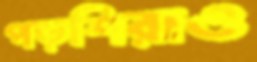
পড়শিরাও